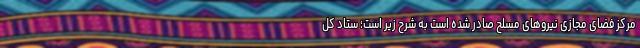
مرکز فضای مجازی نیروهای مسلح صادر شده است به شرح زیر است؛ ستاد کل